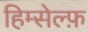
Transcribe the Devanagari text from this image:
हिम्सेल्फ़